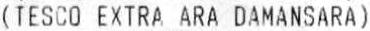
(TESCO EXTRA ARA DAMANSARA)